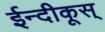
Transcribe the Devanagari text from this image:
ईन्दीकूस्